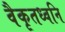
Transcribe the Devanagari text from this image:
वैकृतध्वनि